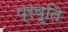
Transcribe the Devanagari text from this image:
प्रवृ्ति